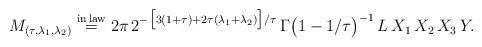
LaTeX: \begin{align*}M_{(\tau, \lambda_1, \lambda_2)} \overset{{\rm in \,law}}{=} 2\pi\,2^{-\bigl[3(1+\tau)+2\tau(\lambda_1+\lambda_2)\bigr]/\tau}\,\Gamma\bigl(1-1/\tau\bigr)^{-1}\,L\,X_1\,X_2\,X_3\,Y.\end{align*}